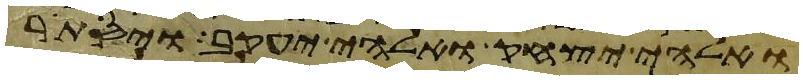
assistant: ואלהי יצחק ואלהי יעקב ויסתר